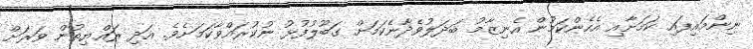
ނިންމައިފައި ކަމަށާއި އެހެންކަމުން އެނިޒާމު ބަދަލުވެދާނެކަމަށް ގަބޫލުފުޅު ނުކުރައްވާކަމަށެވެ. އަދި ރައްޔިތުން ވަރަށް